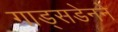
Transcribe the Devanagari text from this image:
गाड्सडेनने